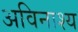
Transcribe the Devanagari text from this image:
अविनाश्य